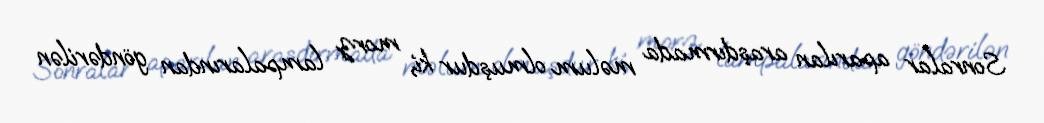
Sonralar aparılan araşdırmada məlum olmuşdur ki, morz lampalarından göndərilən